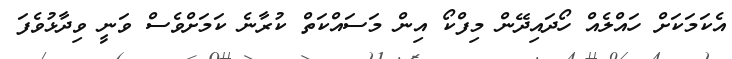
އެކަމަކަށް ހައްލެއް ހޯދައިދޭން މިފްކޯ އިން މަސައްކަތް ކުރާނެ ކަމަށްވެސް ވަނީ ވިދާޅުވެފަ